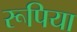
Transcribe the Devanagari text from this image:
रूपिया